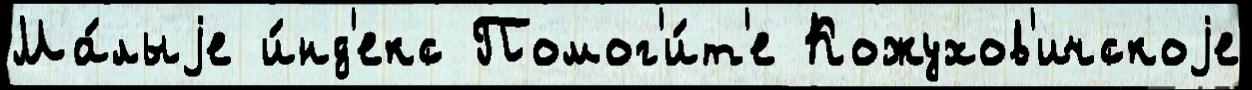
Ма́лыjе и́нд'екс Помог'и́т'е Кожухов'ичскоjе